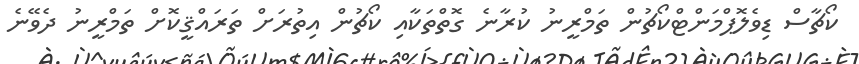
ކޯޗާސް ޑިވެލޮޕްމަންޓްކޯޗުން ތަމްރީނު ކުރާނެ ގޮތްތަކާއި ކޯޗުން އިތުރަށް ތަރައްޤީކޮށް ތަމްރީނު ދެވޭނެ